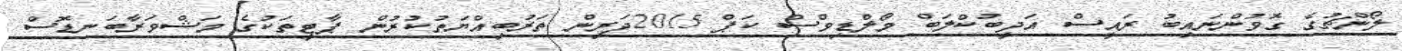
ލޯންޗުގެ ގޮވުންނައިބު ރައީސް އަދީބުކްލަބް މޯލްޑިވްސް ކަޕް 2015ދަރިން ތަރުބިއްޔަތުކުރުން ޕާޓީތަކުގެ މަޝްވަރާބަނޑޮސް